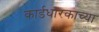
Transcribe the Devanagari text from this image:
कार्डधारकाच्या